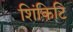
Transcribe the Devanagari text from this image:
शिंकिटि